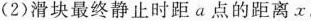
(2)滑块最终静止时距a点的距离x。